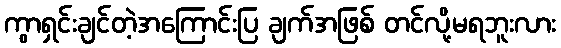
ကွာရှင်းချင်တဲ့အကြောင်းပြ ချက်အဖြစ် တင်လို့မရဘူးလား